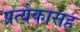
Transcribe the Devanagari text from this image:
प्रत्येकासह